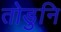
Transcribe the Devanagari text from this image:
तोडुनि